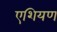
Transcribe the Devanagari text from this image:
एशियण